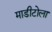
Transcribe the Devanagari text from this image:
माडीटोला